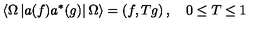
\left\langle \Omega \left| a ( f ) a ^ { * } ( g ) \right| \Omega \right\rangle = \left( f , T g \right) , \quad 0 \leq T \leq 1